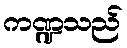
ကဏ္ဍသည်